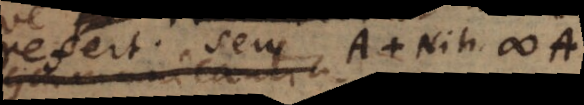
refert. seu A + Nih. #